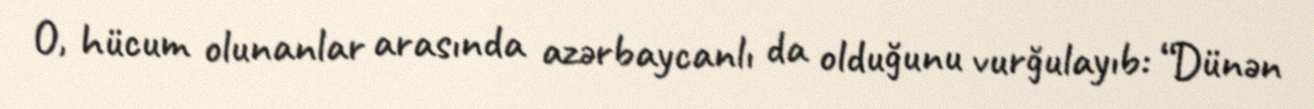
O, hücum olunanlar arasında azərbaycanlı da olduğunu vurğulayıb: “Dünən